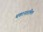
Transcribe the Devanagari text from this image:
थकानशामिल